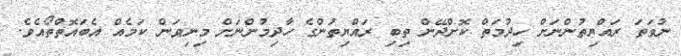
ނުވަތަ ރައްޔިތުންނަށް ހިދުމަތް ކޮށްދޭން ތިބި ރައްޔިތުންގެ ހާދިމުންނަށް މިނިވަން ކަމެއް އެބައޮތްތޯއެވެ.